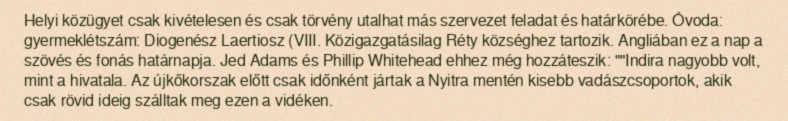
Helyi közügyet csak kivételesen és csak törvény utalhat más szervezet feladat és határkörébe. Óvoda: gyermeklétszám: Diogenész Laertiosz (VIII. Közigazgatásilag Réty községhez tartozik. Angliában ez a nap a szövés és fonás határnapja. Jed Adams és Phillip Whitehead ehhez még hozzáteszik: ""Indira nagyobb volt, mint a hivatala. Az újkőkorszak előtt csak időnként jártak a Nyitra mentén kisebb vadászcsoportok, akik csak rövid ideig szálltak meg ezen a vidéken.